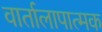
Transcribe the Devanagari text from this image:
वार्तालापात्मक